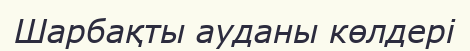
Шарбақты ауданы көлдері